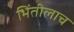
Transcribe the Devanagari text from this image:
भिंतीलाच